Civil Veterinary Department. Central Provinces & Berar 1932-41 - 1932-1941
Year: 1932
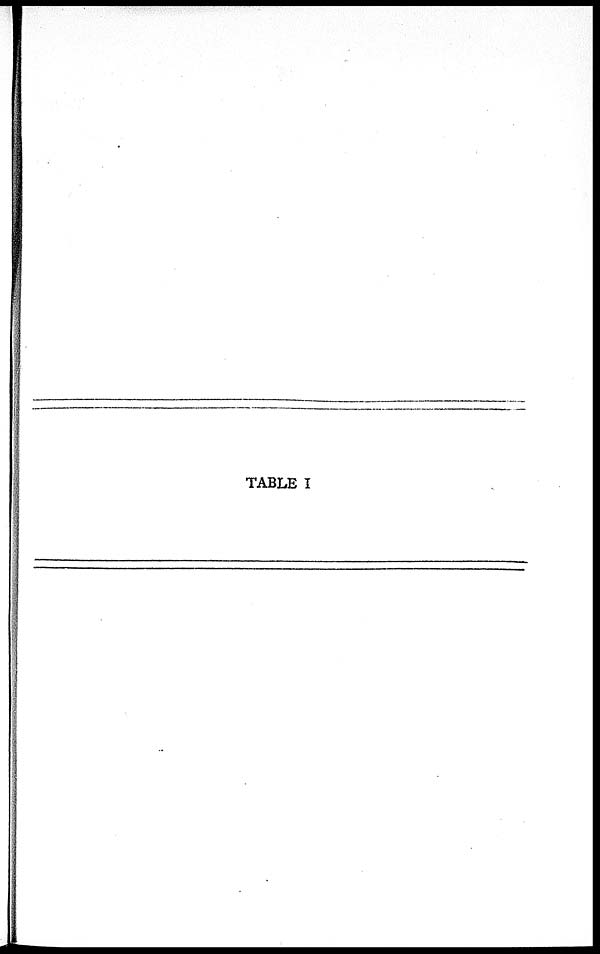
TABLE I